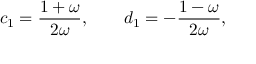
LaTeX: c _ { 1 } = { \frac { 1 + \omega } { 2 \omega } } , \qquad d _ { 1 } = - { \frac { 1 - \omega } { 2 \omega } } ,